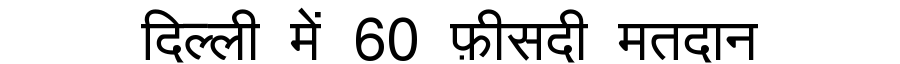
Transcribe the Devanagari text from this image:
दिल्ली में 60 फ़ीसदी मतदान